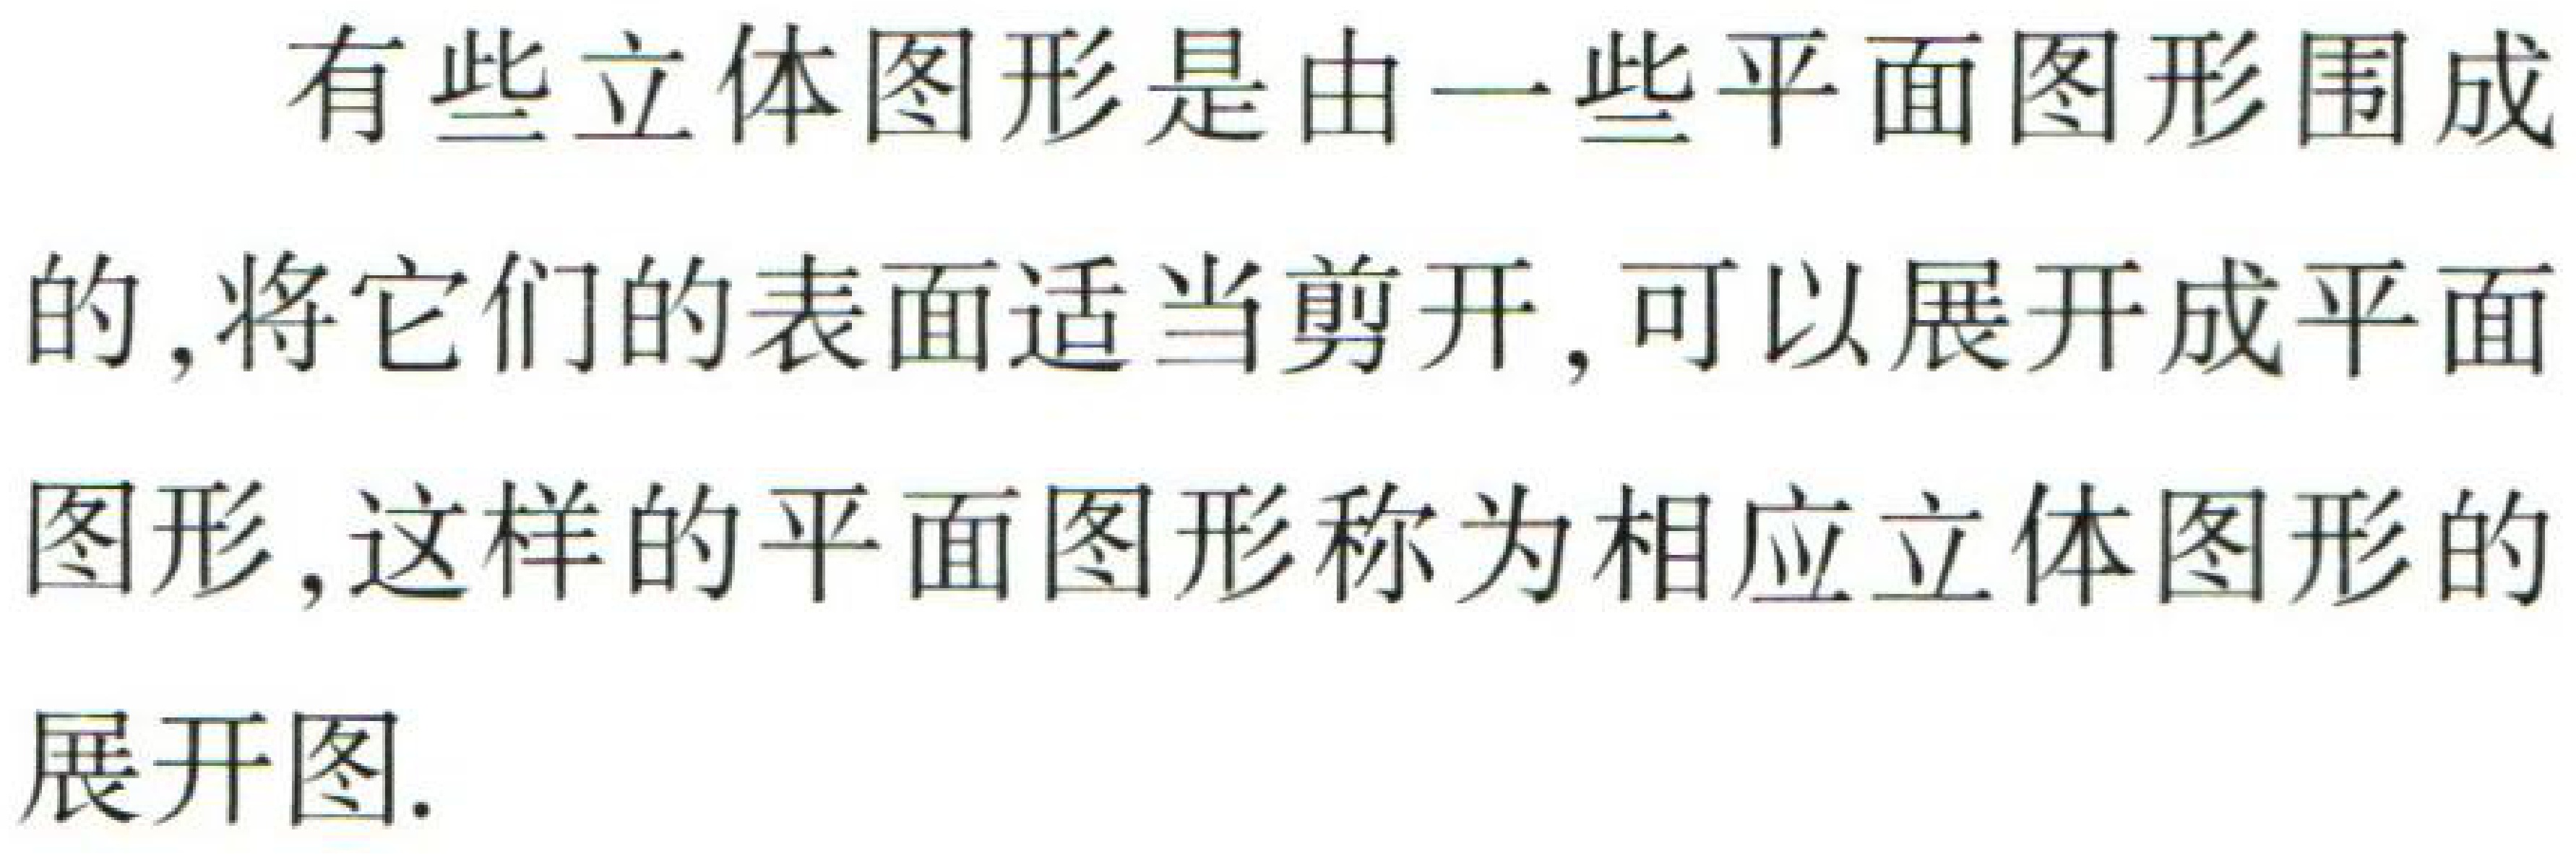
有些立体图形是由一些平面图形围成的,将它们的表面适当剪开,可以展开成平面图形,这样的平面图形称为相应立体图形的展开图.